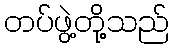
တပ်ဖွဲ့တို့သည်